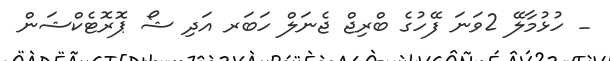
_ ހުޅުމާލޭ 2ވަނަ ފޭހުގެ ބްރިޖް ޖެނަލް ހަބަރ އަދި ޝޯ ޕޮރޮޓެކްޝަން